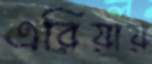
এরিয়ায়